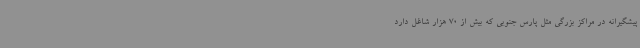
پیشگیرانه در مراکز بزرگی مثل پارس جنوبی که بیش از 70 هزار شاغل دارد